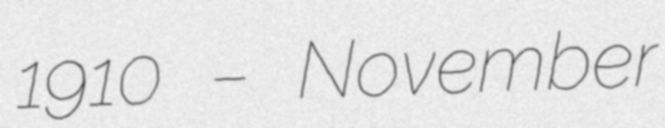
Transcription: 1910 – November